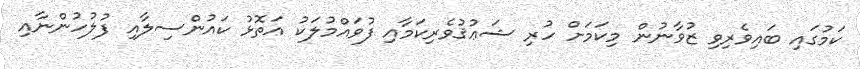
ކަމުގައި ބައިވެރިވި ޒުވާނުން މިކަމަށް ހުރި ޝަޢުޤުވެރިކަމާއި ފުވައްމުލަކު އަތޮޅު ކައުންސިލާއި ފުލުހުންނާއި